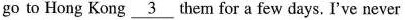
go to Hong Kong \underline{3} them for a few days. I've never